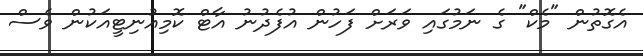
އެގޮތުން "މެކް" ގެ ނަމުގައި ވަރަށް ފަހުން އުފެދުނު އާޓް ކޮމިއުނިޓީއަކުން ވެސް